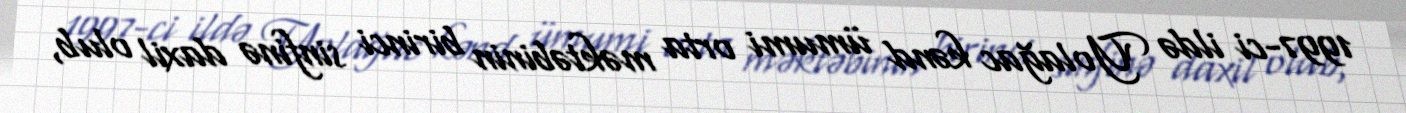
1997-ci ildə Yolağac kənd ümumi orta məktəbinin birinci sinfinə daxil olub,